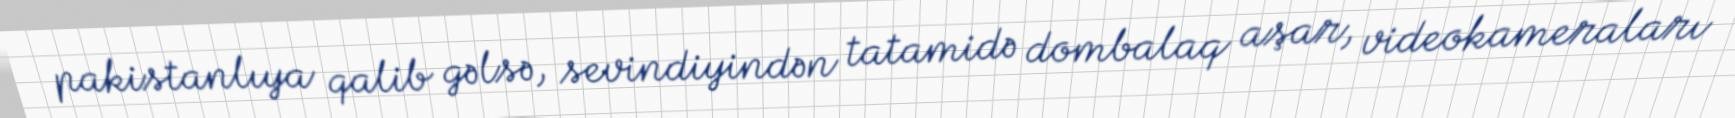
pakistanlıya qalib gəlsə, sevindiyindən tatamidə dombalaq aşar, videokameraları